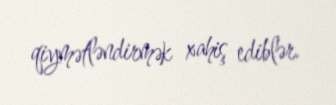
qiymətləndirmək xahiş ediblər.